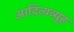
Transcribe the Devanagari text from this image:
आदित्यव्यूह